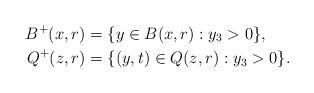
LaTeX: \begin{align*}B^{+}(x,r) &=\{y \in B(x,r): y_3>0 \}, \\Q^{+}(z,r) &=\{(y,t) \in Q(z,r): y_3>0 \}.\end{align*}